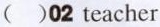
( )02 teacher